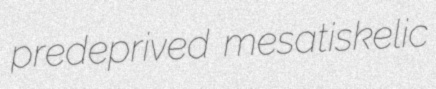
predeprived mesatiskelic